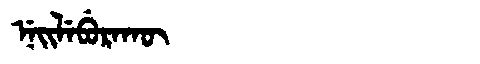
Manchu: ᠨᡝᡳᠯᡝᠪᡠᡵᠠᡴᡡ
Romanization: NEILEBURAKŪ